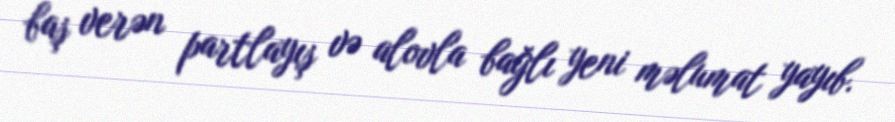
baş verən partlayış və alovla bağlı yeni məlumat yayıb.